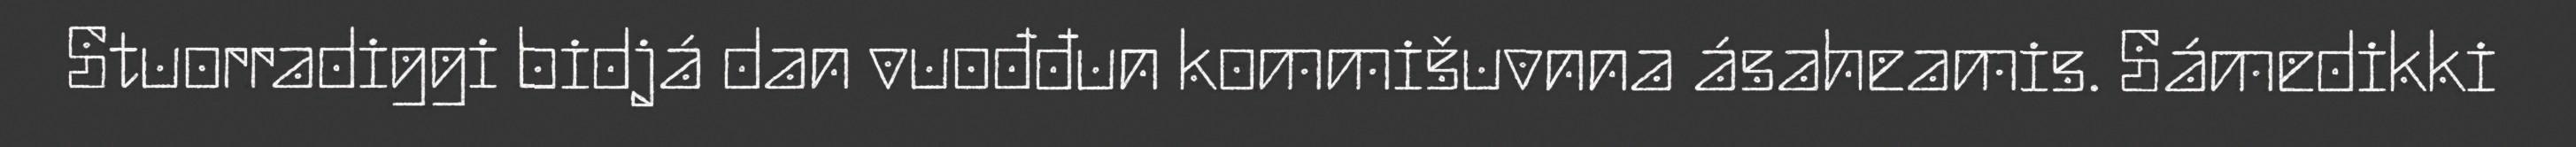
Stuorradiggi bidjá dan vuođđun kommišuvnna ásaheamis. Sámedikki